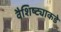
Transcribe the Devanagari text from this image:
वैशिष्ट्याकडे